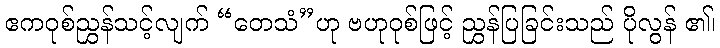
ဧကဝုစ်ညွှန်သင့်လျက် “တေသံ”ဟု ဗဟုဝုစ်ဖြင့် ညွှန်ပြခြင်းသည် ပိုလွန် ၏၊